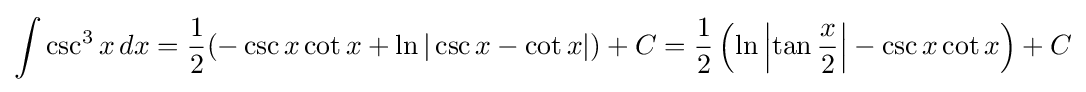
\int \csc ^{3}x\,dx={\frac {1}{2}}(-\csc x\cot x+\ln |\csc x-\cot x|)+C={\frac {1}{2}}\left(\ln \left|\tan {\frac {x}{2}}\right|-\csc x\cot x\right)+C